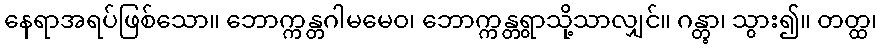
နေရာအရပ်ဖြစ်သော။ ဘောက္ကန္တဂါမမေဝ၊ ဘောက္ကန္တရွာသို့သာလျှင်။ ဂန္တွာ၊ သွား၍။ တတ္ထ၊